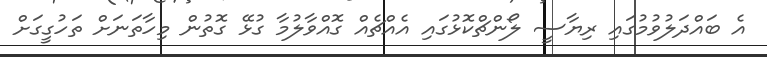
އެ ބައްދަލުވުމުގައި ރިޔާސީ ލޯންޗްކޮޅުގައި އެއްޗެއް ގޮއްވާލުމާ ގުޅޭ ގޮތުން މިހާތަނަށް ތަހުގީގަށް